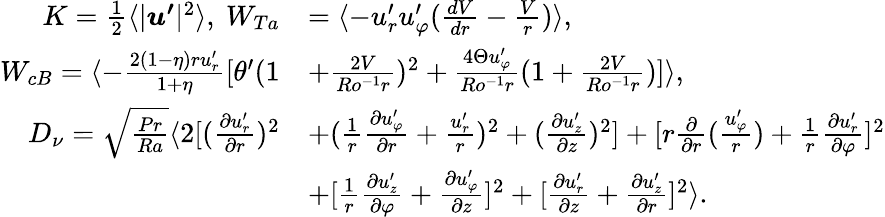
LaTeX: \begin{array}{rl}{K=\frac{1}{2}\langle|\boldsymbol{u^{\prime}}|^{2}\rangle,\ W_{Ta}}&{=\langle-u_{r}^{\prime}u_{\varphi}^{\prime}(\frac{dV}{dr}-\frac{V}{r})\rangle,}\\ {W_{cB}=\langle-\frac{2(1-\eta)ru_{r}^{\prime}}{1+\eta}[\theta^{\prime}(1}&{+\frac{2V}{Ro^{-1}r})^{2}+\frac{4\Theta u_{\varphi}^{\prime}}{Ro^{-1}r}(1+\frac{2V}{Ro^{-1}r})]\rangle,}\\ {D_{\nu}=\sqrt{\frac{Pr}{Ra}}\langle 2[(\frac{\partial u_{r}^{\prime}}{\partial r})^{2}}&{+(\frac{1}{r}\frac{\partial u_{\varphi}^{\prime}}{\partial{r}}+\frac{u_{r}^{\prime}}{r})^{2}+(\frac{\partial u_{z}^{\prime}}{\partial z})^{2}]+[r\frac{\partial}{\partial r}(\frac{u_{\varphi}^{\prime}}{r})+\frac{1}{r}\frac{\partial u_{r}^{\prime}}{\partial\varphi}]^{2}}\\ &{+[\frac{1}{r}\frac{\partial u_{z}^{\prime}}{\partial\varphi}+\frac{\partial u_{\varphi}^{\prime}}{\partial z}]^{2}+[\frac{\partial u_{r}^{\prime}}{\partial z}+\frac{\partial u_{z}^{\prime}}{\partial r}]^{2}\rangle.}\end{array}